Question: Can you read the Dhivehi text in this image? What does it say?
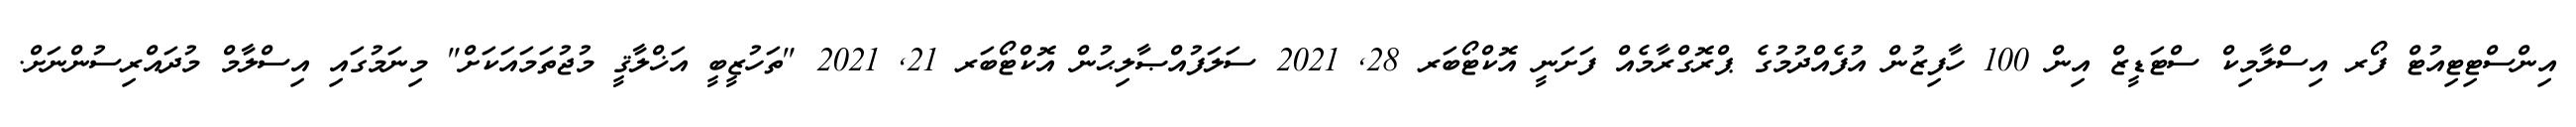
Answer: އިންސްޓިޓިއުޓް ފޯރ އިސްލާމިކް ސްޓަޑީޒް އިން 100 ހާފިޒުން އުފެއްދުމުގެ ޕްރޮގްރާމެއް ފަށަނީ އޮކްޓޯބަރ 28, 2021 ސަލަފުއްޞާލިޙުން އޮކްޓޯބަރ 21, 2021 "ތަހުޒީބީ އަޚްލާޤީ މުޖުތަމައަކަށް" މިނަމުގައި އިސްލާމް މުދައްރިސުންނަށް.